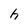
Character: h